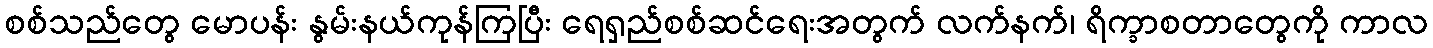
စစ်သည်တွေ မောပန်း နွမ်းနယ်ကုန်ကြပြီး ရေရှည်စစ်ဆင်ရေးအတွက် လက်နက်၊ ရိက္ခာစတာတွေကို ကာလ